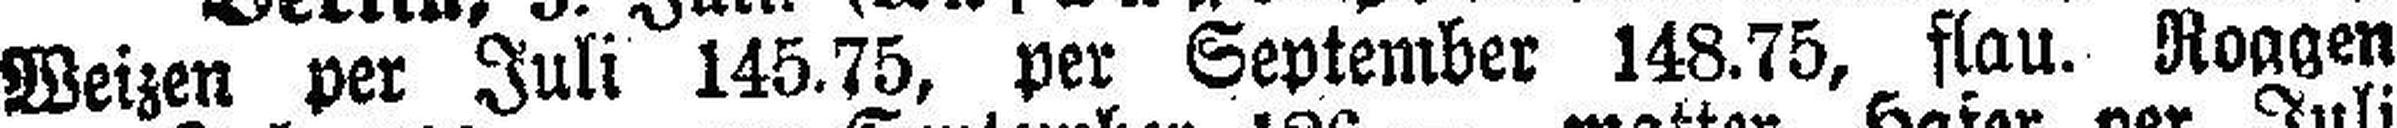
Weizen per Juli 145.75, per September 148.75, flau. Roggen